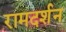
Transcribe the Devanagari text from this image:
रामदर्शन